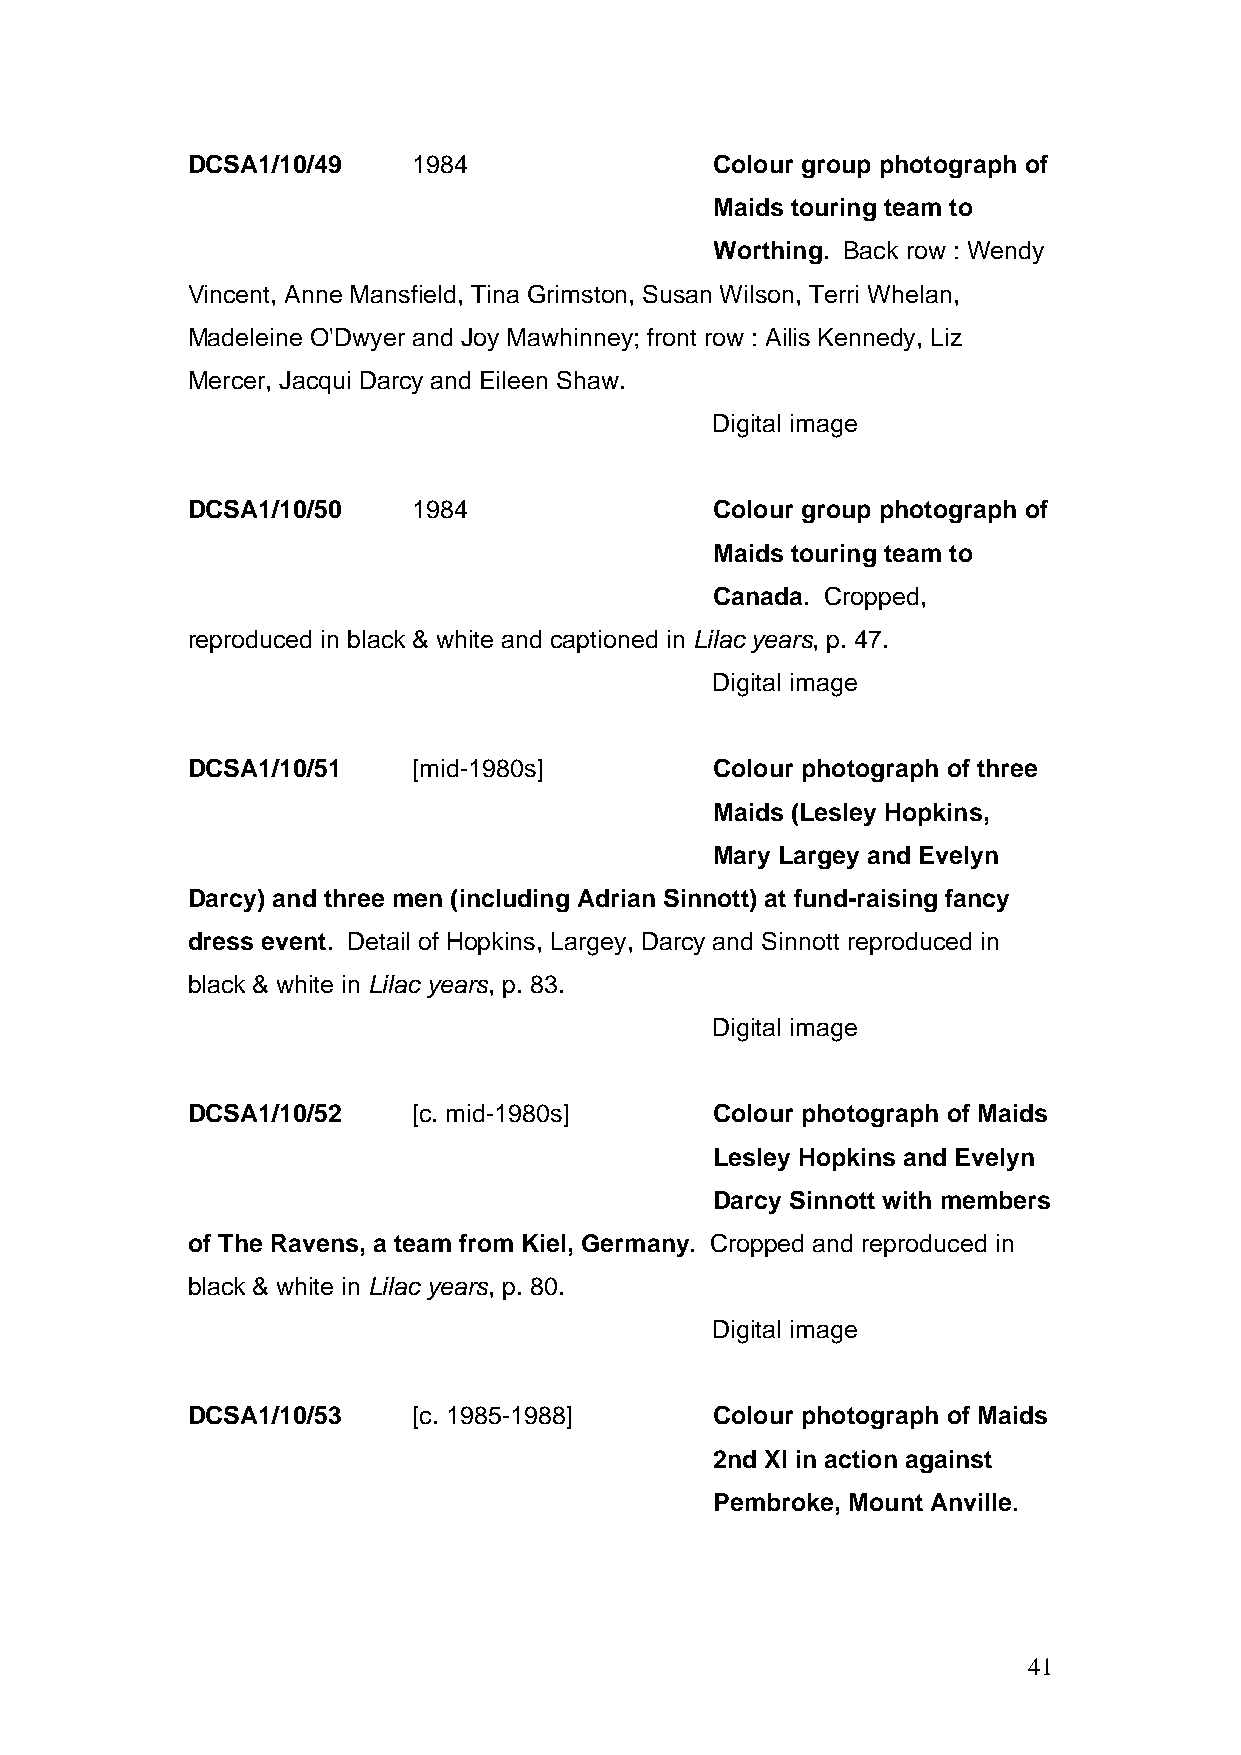
DCSA1/10/49    1984                Colour group photograph of
 Maids touring team to
 Worthing. Back row : Wendy
 Vincent, Anne Mansfield, Tina Grimston, Susan Wilson, Terri Whelan,
 Madeleine O'Dwyer and Joy Mawhinney; front row : Ailis Kennedy, Liz
 Mercer, Jacqui Darcy and Eileen Shaw.
 Digital image
 DCSA1/10/50    1984                Colour group photograph of
 Maids touring team to
 Canada. Cropped,
 reproduced in black & white and captioned in Lilac years, p. 47.
 Digital image
 DCSA1/10/51    [mid-1980s]         Colour photograph of three
 Maids (Lesley Hopkins,
 Mary Largey and Evelyn
 Darcy) and three men (including Adrian Sinnott) at fund-raising fancy
 dress event. Detail of Hopkins, Largey, Darcy and Sinnott reproduced in
 black & white in Lilac years, p. 83.
 Digital image
 DCSA1/10/52    [c. mid-1980s]      Colour photograph of Maids
 Lesley Hopkins and Evelyn
 Darcy Sinnott with members
 of The Ravens, a team from Kiel, Germany. Cropped and reproduced in
 black & white in Lilac years, p. 80.
 Digital image
 DCSA1/10/53    [c. 1985-1988]      Colour photograph of Maids
 2nd XI in action against
 Pembroke, Mount Anville.
 41